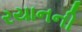
રયાનની